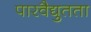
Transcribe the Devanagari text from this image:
पारवैद्युतता